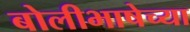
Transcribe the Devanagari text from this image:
बोलीभाषेच्या